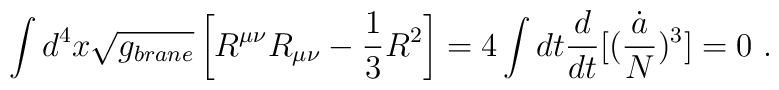
\int d^4 x \sqrt{g_{brane}} \left[ R^{\mu\nu} R_{\mu\nu} -{1\over 3}R^2      \right] = 4 \int dt {d\over dt}[({\dot{a} \over N})^3] =0 \ .